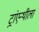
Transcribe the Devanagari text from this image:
ट्रांएन्थीला